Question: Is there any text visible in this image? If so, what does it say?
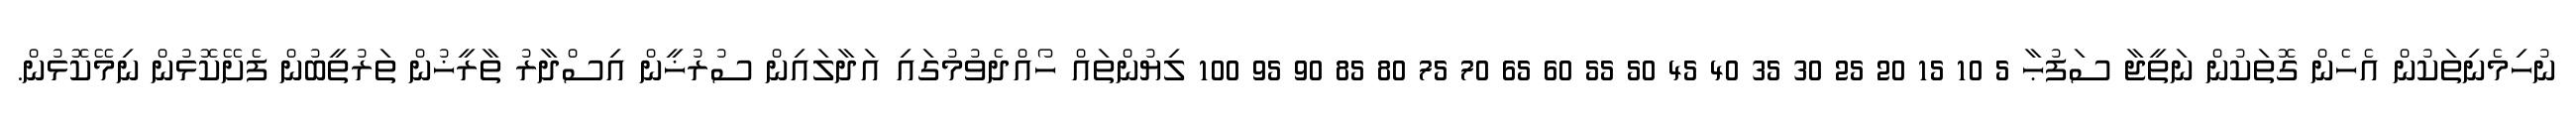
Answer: ނުހިމެނިތަކުން އެހެން ގޮތަކުން ނަތީޖާ ސަފުޙާ 5 10 15 20 25 30 35 40 45 50 55 60 65 70 75 80 85 90 95 100 ލިޔުންތައް ހޯއްދެވުމުގައި އަދާލައިން ސުރުޚީން އިސްދާރު ތާރީޚުން ތަރުތީބުން ފެށޭކޮޅުން ނިމޭކޮޅުން.